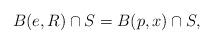
LaTeX: \begin{align*}B(e,R) \cap S = B(p,x) \cap S,\end{align*}